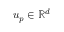
u _ { p } \in \mathbb { R } ^ { d }